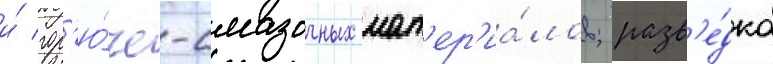
и́ гор'ю́че-смазочных мат'ер'иа́лов; разв'е́дка